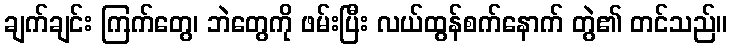
ချက်ချင်း ကြက်တွေ၊ ဘဲတွေကို ဖမ်းပြီး လယ်ထွန်စက်နောက် တွဲ၏ တင်သည်။